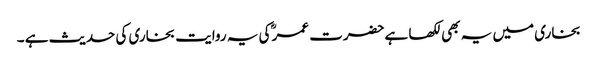
بخاری میں یہ بھی لکھا ہےحضرت عمر ؓکی یہ روایت بخاری کی حدیث ہے ۔